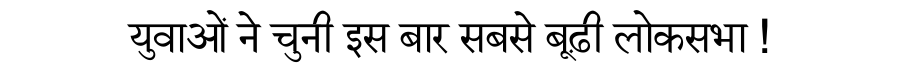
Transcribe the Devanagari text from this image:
युवाओं ने चुनी इस बार सबसे बूढ़ी लोकसभा !